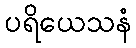
ပရိယေသနံ